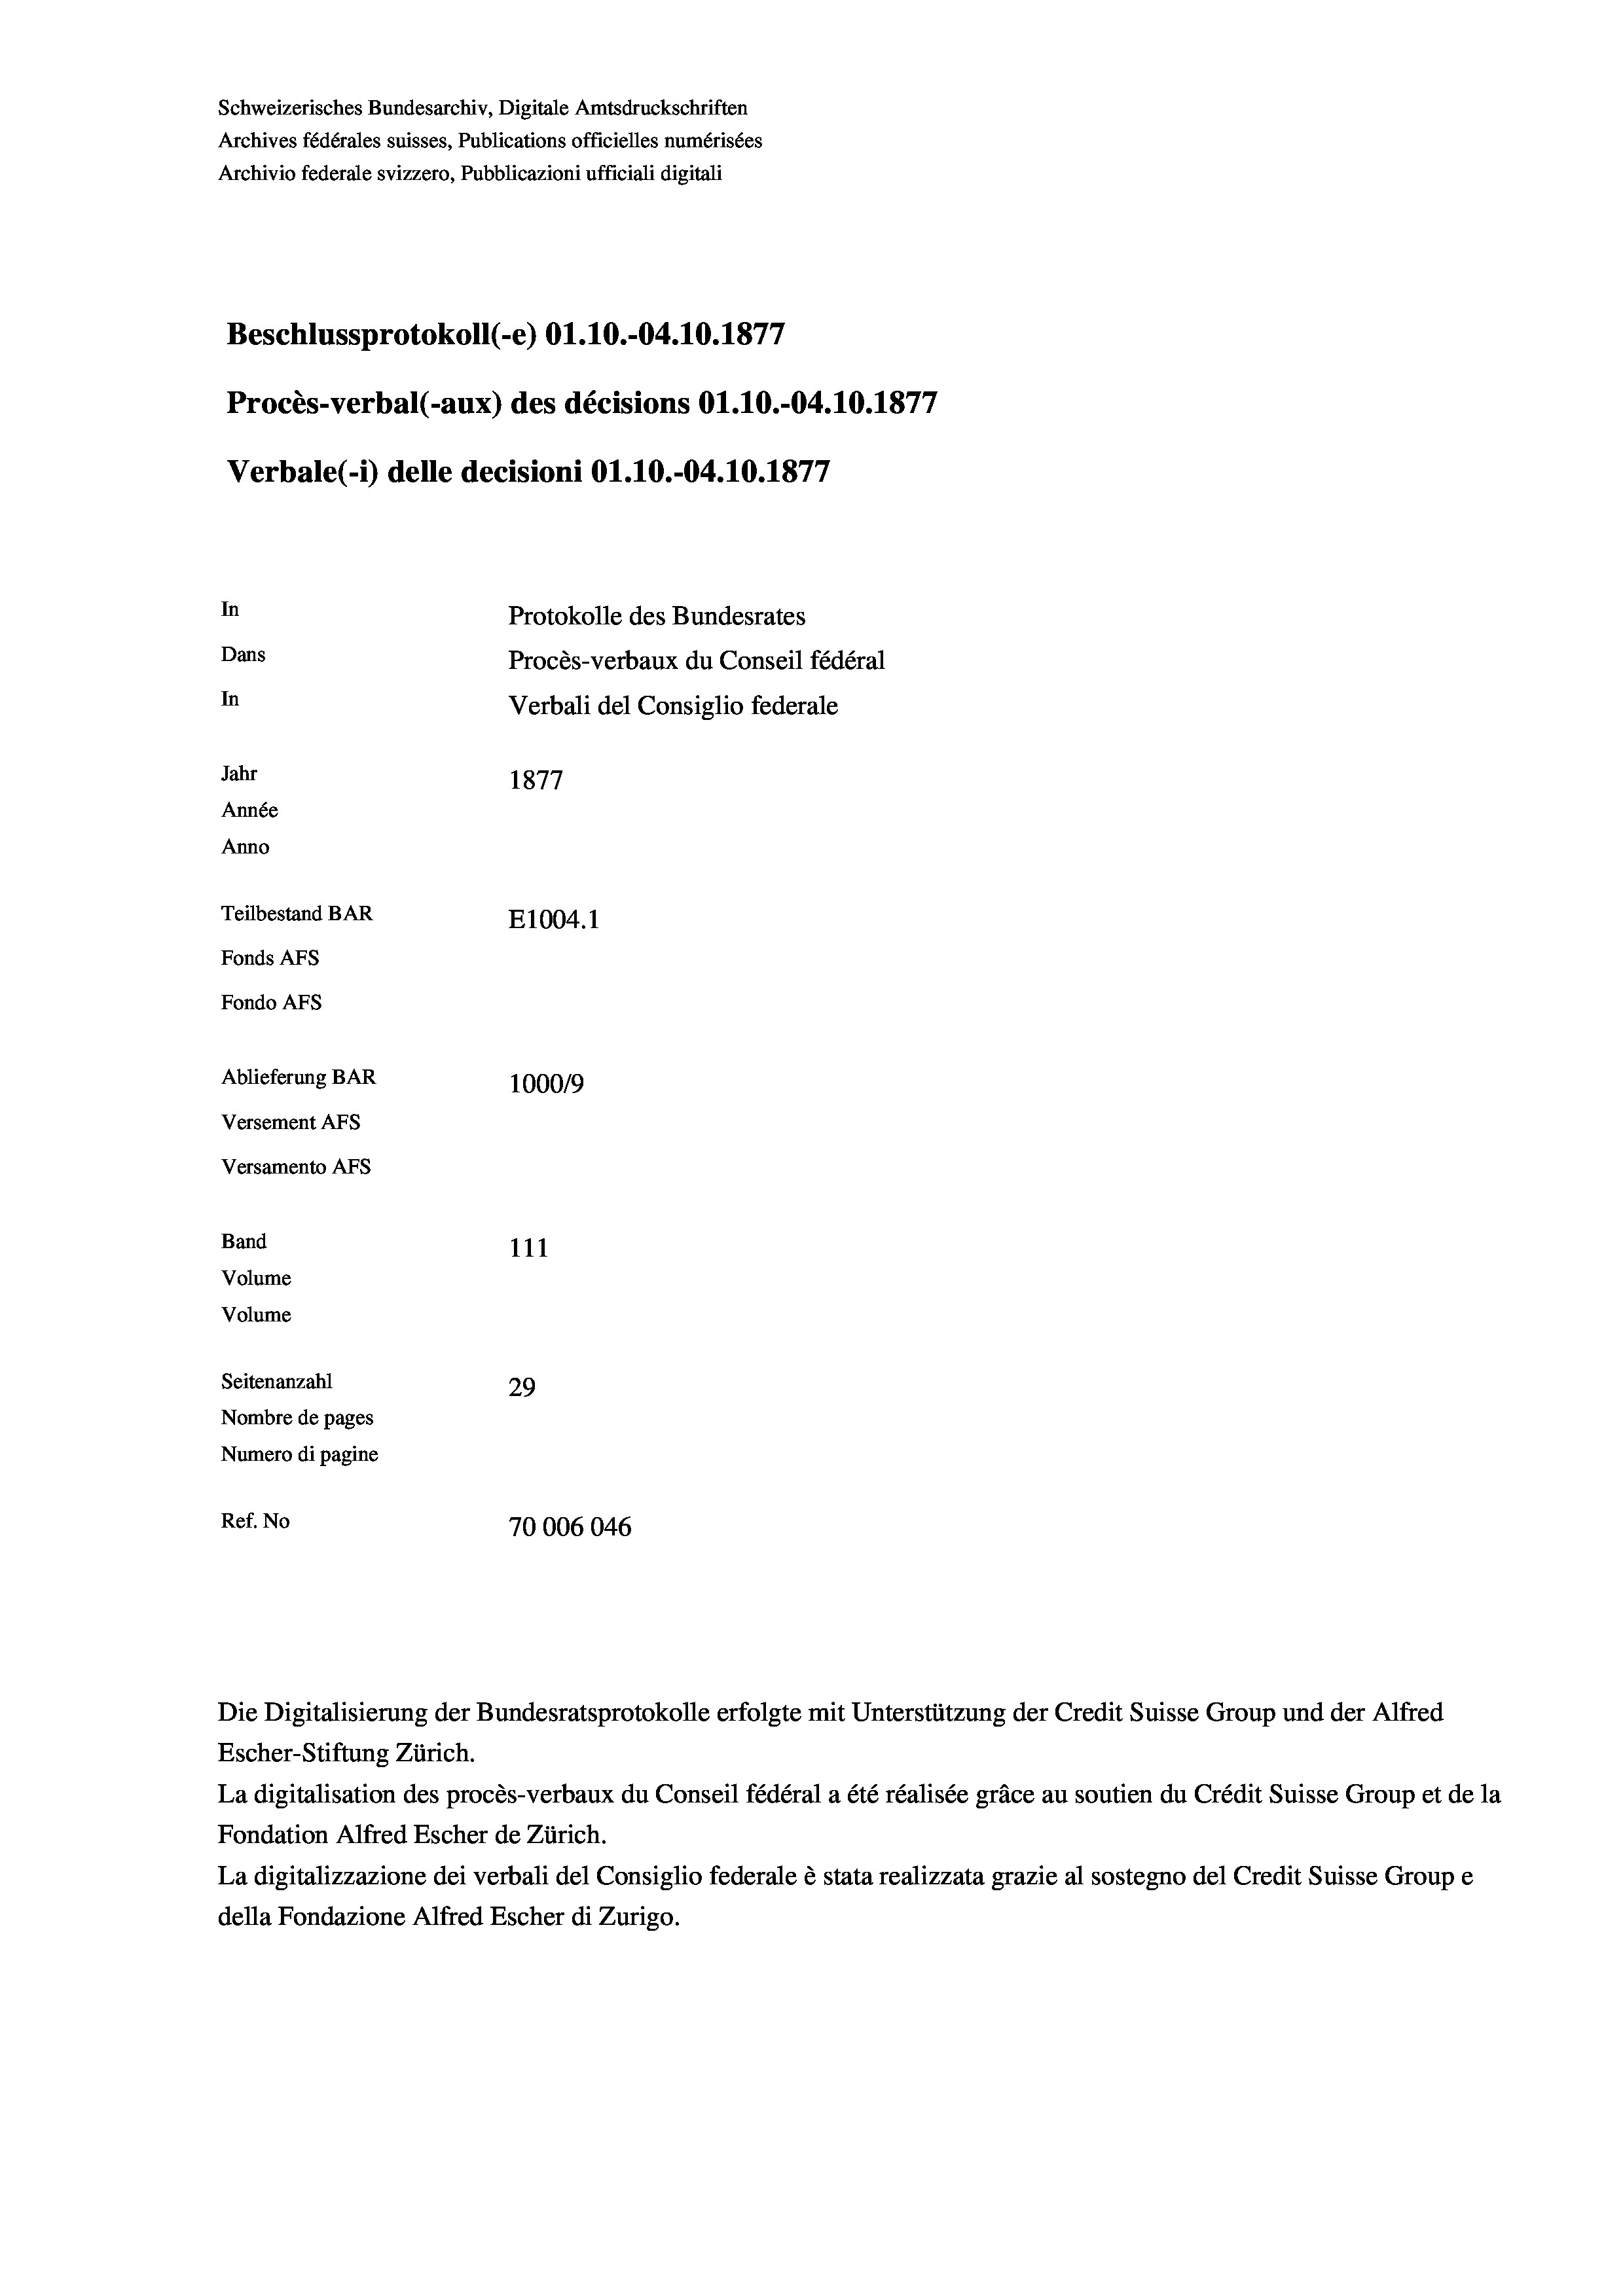
Schweizerisches Bundesarchiv, Digitale Amtsdruckschriften
Archives fédérales suisses, Publications officielles numérisées
Archivio federale svizzero, Pubblicazioni ufficiali digitali
Beschlussprotokoll (-e) O1.10.-04.10.1877
Procès-verbal (-aux) des décisions O1.10.-04.10.1877
Verbale (- 1) delle decisioni Ol.10.-04.10.1877
In
Protokolle des Bundesrates
Dans
Procès-verbaux du Conseil fédéral
In
Verbali del Consiglio federale
Jahr
1877
Année
Anno
Teilbestand BAR
E1004. 1
Fonds Afs
Fondo AFs
Ablieferung BAR
100019
Versement AFs
Versamento Afs
Band
111
Volume
Volume

Seitenanzahl
29
Nombre de pages
Numero di pagine
Ref. No
70006046

Escher-Stiftung Zürich.
La digitalisation des procès-verbaux du Conseil fédéral a été réalisée gräce au soutien du Crédit Suisse Group et de la
Fondation Alfred Escher de Zürich.
La digitalizzazione dei verbali del Consiglio federale è stata realizzata grazie al sostegno del Credit Suisse Groupe
della Fondazione Alfred Escher di Zurigo.

Die Digitalisierung der Bundesratsprotokolle erfolgte mit Unterstützung der Credit Suisse Group und der Alfred